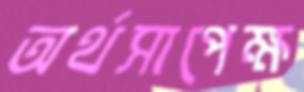
অর্থসাপেক্ষ